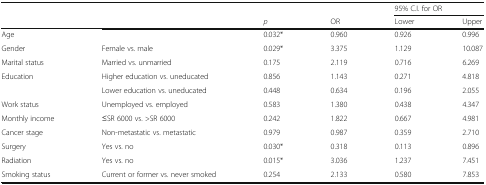
<table><thead><tr><td></td><td></td><td></td><td></td><td colspan="2"><b>95% C.I. for OR</b></td></tr><tr><td></td><td></td><td><b><i>p</i></b></td><td><b>OR</b></td><td><b>Lower</b></td><td><b>Upper</b></td></tr></thead><tbody><tr><td>Age</td><td></td><td>0.032*</td><td>0.960</td><td>0.926</td><td>0.996</td></tr><tr><td>Gender</td><td>Female vs. male</td><td>0.029*</td><td>3.375</td><td>1.129</td><td>10.087</td></tr><tr><td>Marital status</td><td>Married vs. unmarried</td><td>0.175</td><td>2.119</td><td>0.716</td><td>6.269</td></tr><tr><td>Education</td><td>Higher education vs. uneducated</td><td>0.856</td><td>1.143</td><td>0.271</td><td>4.818</td></tr><tr><td></td><td>Lower education vs. uneducated</td><td>0.448</td><td>0.634</td><td>0.196</td><td>2.055</td></tr><tr><td>Work status</td><td>Unemployed vs. employed</td><td>0.583</td><td>1.380</td><td>0.438</td><td>4.347</td></tr><tr><td>Monthly income</td><td>≤SR 6000 vs. &gt;SR 6000</td><td>0.242</td><td>1.822</td><td>0.667</td><td>4.981</td></tr><tr><td>Cancer stage</td><td>Non-metastatic vs. metastatic</td><td>0.979</td><td>0.987</td><td>0.359</td><td>2.710</td></tr><tr><td>Surgery</td><td>Yes vs. no</td><td>0.030*</td><td>0.318</td><td>0.113</td><td>0.896</td></tr><tr><td>Radiation</td><td>Yes vs. no</td><td>0.015*</td><td>3.036</td><td>1.237</td><td>7.451</td></tr><tr><td>Smoking status</td><td>Current or former vs. never smoked</td><td>0.254</td><td>2.133</td><td>0.580</td><td>7.853</td></tr></tbody></table>